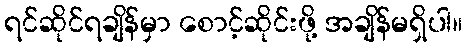
ရင်ဆိုင်ရချိန်မှာ စောင့်ဆိုင်းဖို့ အချိန်မရှိပါ။